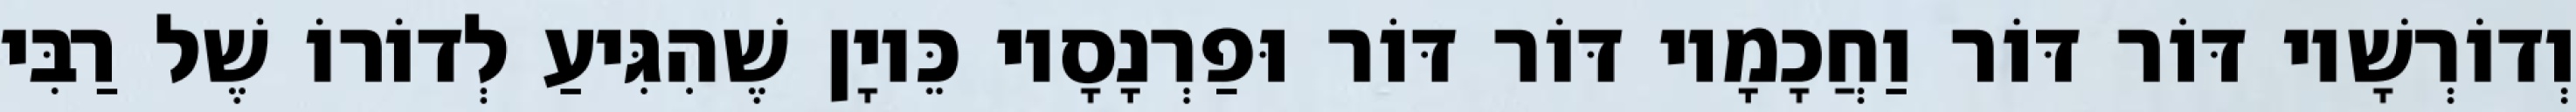
וְדוֹרְשָׁיו דּוֹר דּוֹר וַחֲכָמָיו דּוֹר דּוֹר וּפַרְנָסָיו כֵּיוָן שֶׁהִגִּיעַ לְדוֹרוֹ שֶׁל רַבִּי